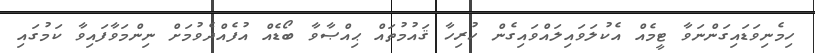
ހިމެނިވަޑައިގަންނަވާ ޓީމެއް އެކުލަވައިލައްވައިގެން ހުރިހާ ޤައުމުތައް ޙިއްޞާވާ ބޯޑެއް އުފެއްދެވުމަށް ނިންމަވާފައިވާ ކަމުގައި